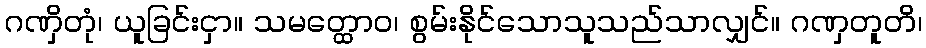
ဂဏှိတုံ၊ ယူခြင်းငှာ။ သမတ္ထောဝ၊ စွမ်းနိုင်သောသူသည်သာလျှင်။ ဂဏှတူတိ၊